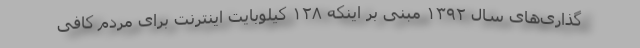
گذاری‌های سال ۱۳۹۲ مبنی بر اینکه ۱۲۸ کیلوبایت اینترنت برای مردم کافی